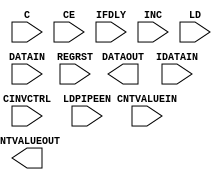
module IDELAYE2_FINEDELAY (
  CNTVALUEOUT,
  DATAOUT,

  C,
  CE,
  CINVCTRL,
  CNTVALUEIN,
  DATAIN,
  IDATAIN,
  IFDLY,
  INC,
  LD,
  LDPIPEEN,
  REGRST
);

    parameter CINVCTRL_SEL = "FALSE";
    parameter DELAY_SRC = "IDATAIN";
    parameter FINEDELAY = "BYPASS";
    parameter HIGH_PERFORMANCE_MODE    = "FALSE";
    parameter IDELAY_TYPE  = "FIXED";
    parameter integer IDELAY_VALUE = 0;
    parameter [0:0] IS_C_INVERTED = 1'b0;
    parameter [0:0] IS_DATAIN_INVERTED = 1'b0;
    parameter [0:0] IS_IDATAIN_INVERTED = 1'b0;
    parameter PIPE_SEL = "FALSE";
    parameter real REFCLK_FREQUENCY = 200.0;
    parameter SIGNAL_PATTERN    = "DATA";


`ifdef XIL_TIMING
    parameter LOC = "UNPLACED";
    parameter integer SIM_DELAY_D = 0;
    localparam DELAY_D = (IDELAY_TYPE == "VARIABLE") ? SIM_DELAY_D : 0;
`endif // ifdef XIL_TIMING

`ifndef XIL_TIMING
    integer DELAY_D=0;
`endif // ifndef XIL_TIMING

    output [4:0] CNTVALUEOUT;
    output DATAOUT;

    input C;
    input CE;
    input CINVCTRL;
    input [4:0] CNTVALUEIN;
    input DATAIN;
    input IDATAIN;
    input [2:0] IFDLY;
    input INC;
    input LD;
    input LDPIPEEN;
    input REGRST;


endmodule